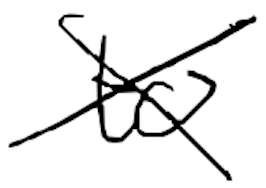
Text: to
Cross-out: cross
Writing tool: digital_black